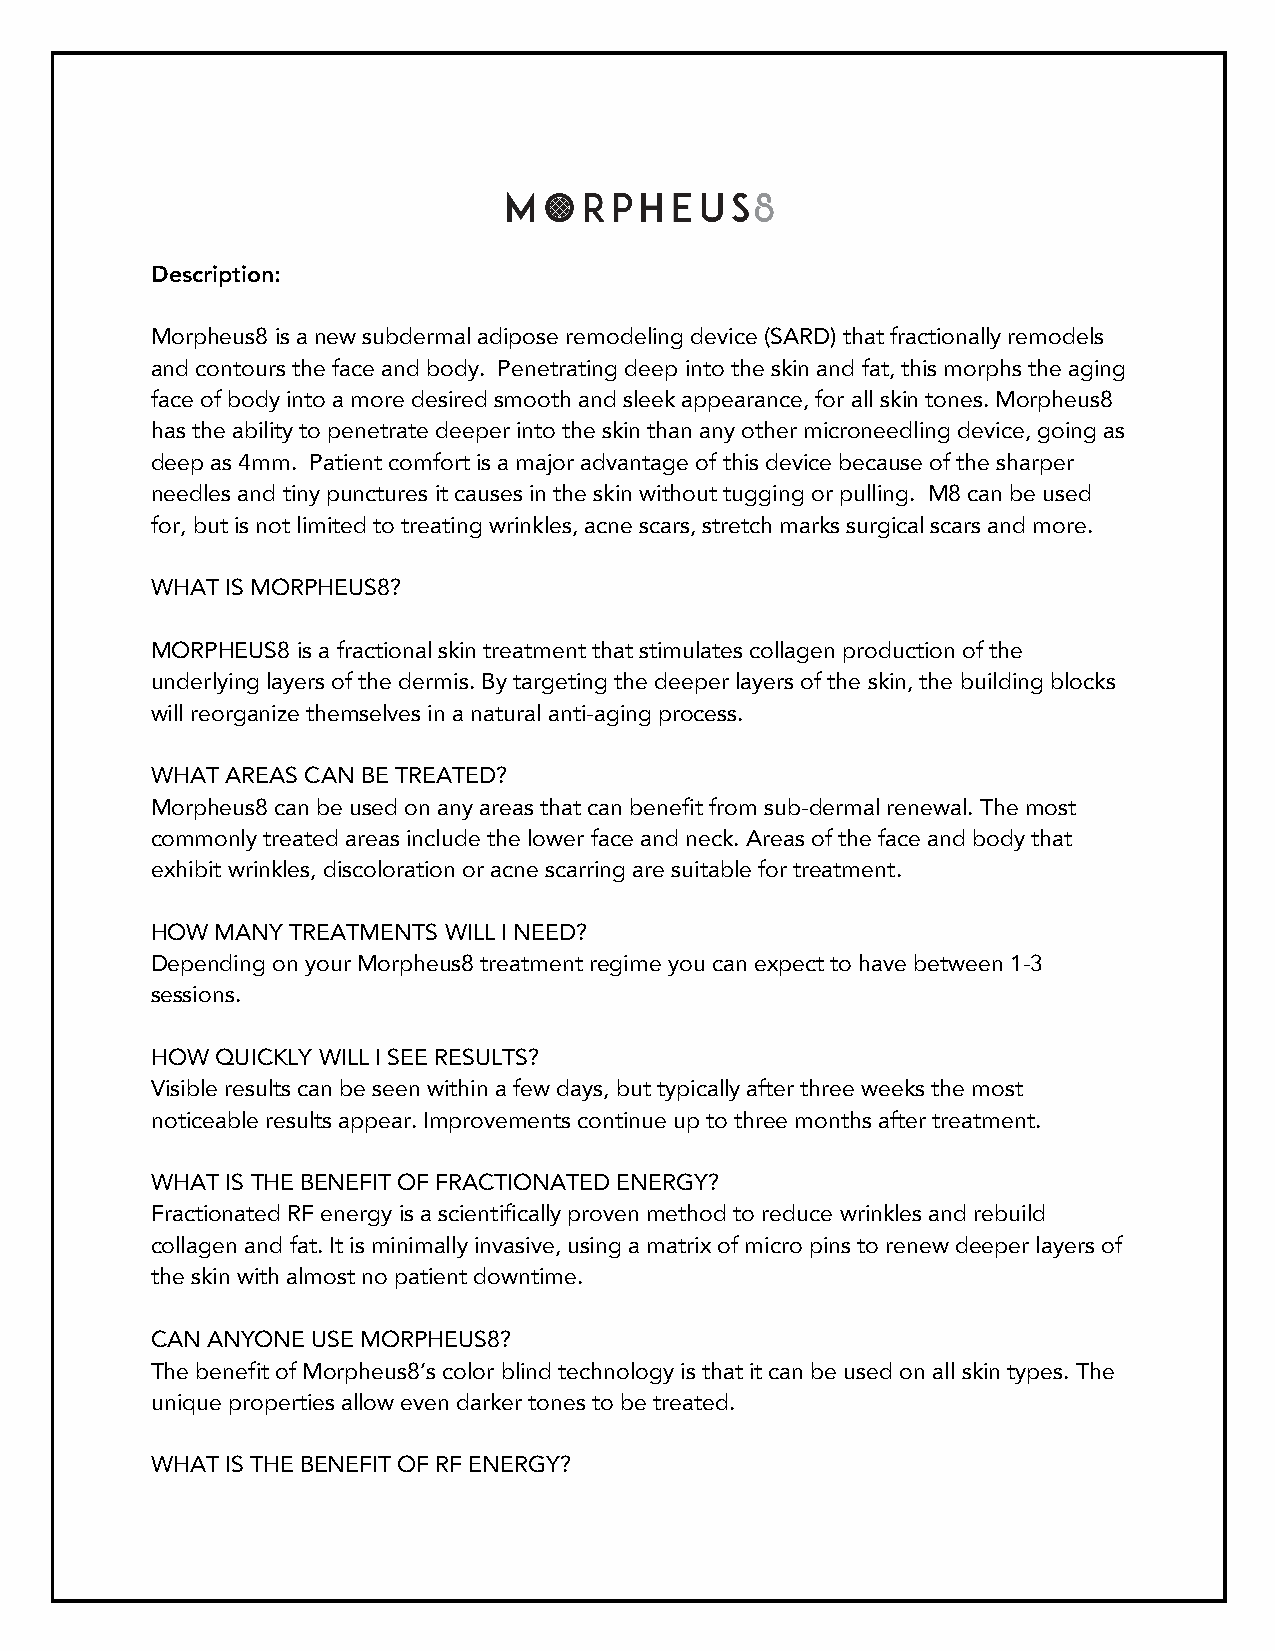
Description:
 Morpheus8 is a new subdermal adipose remodeling device (SARD) that fractionally remodels
 and contours the face and body. Penetrating deep into the skin and fat, this morphs the aging
 face of body into a more desired smooth and sleek appearance, for all skin tones. Morpheus8
 has the ability to penetrate deeper into the skin than any other microneedling device, going as
 deep as 4mm. Patient comfort is a major advantage of this device because of the sharper
 needles and tiny punctures it causes in the skin without tugging or pulling. M8 can be used
 for, but is not limited to treating wrinkles, acne scars, stretch marks surgical scars and more.
 WHAT IS MORPHEUS8?
 MORPHEUS8 is a fractional skin treatment that stimulates collagen production of the
 underlying layers of the dermis. By targeting the deeper layers of the skin, the building blocks
 will reorganize themselves in a natural anti-aging process.
 WHAT AREAS CAN BE TREATED?
 Morpheus8 can be used on any areas that can benefit from sub-dermal renewal. The most
 commonly treated areas include the lower face and neck. Areas of the face and body that
 exhibit wrinkles, discoloration or acne scarring are suitable for treatment.
 HOW MANY TREATMENTS WILL I NEED?
 Depending on your Morpheus8 treatment regime you can expect to have between 1-3
 sessions.
 HOW QUICKLY WILL I SEE RESULTS?
 Visible results can be seen within a few days, but typically after three weeks the most
 noticeable results appear. Improvements continue up to three months after treatment.
 WHAT IS THE BENEFIT OF FRACTIONATED ENERGY?
 Fractionated RF energy is a scientifically proven method to reduce wrinkles and rebuild
 collagen and fat. It is minimally invasive, using a matrix of micro pins to renew deeper layers of
 the skin with almost no patient downtime.
 CAN ANYONE USE MORPHEUS8?
 The benefit of Morpheus8’s color blind technology is that it can be used on all skin types. The
 unique properties allow even darker tones to be treated.
 WHAT IS THE BENEFIT OF RF ENERGY?